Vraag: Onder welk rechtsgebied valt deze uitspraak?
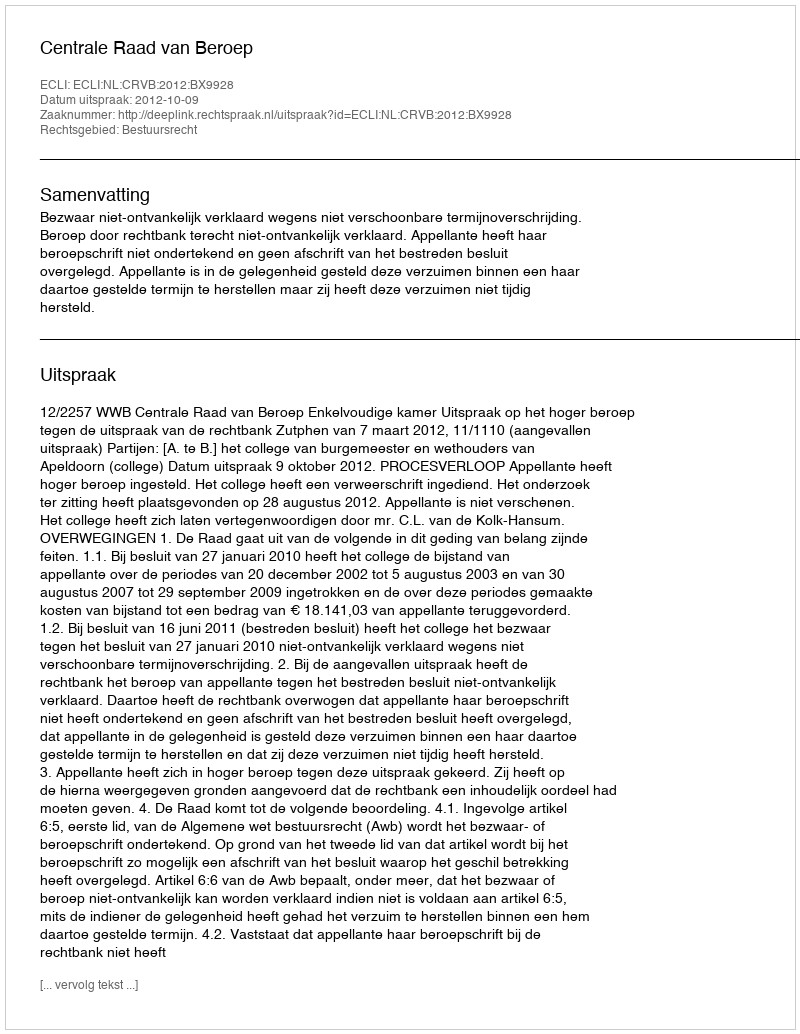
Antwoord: Bestuursrecht